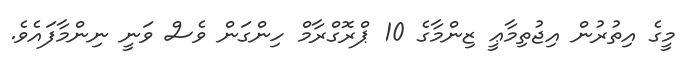
މީގެ އިތުރުން އިޖުތިމާޢީ ޒިންމާގެ 10 ޕްރޮގްރާމް ހިންގަން ވެސް ވަނީ ނިންމާފައެވެ.